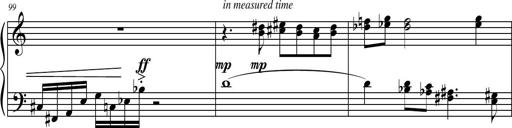
Title: Petite Sonatine
Composer: Richard St. Clair